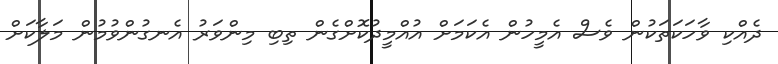
ދެއްކި ވާހަކަތަކުން ވެސް އެމީހުން އެކަމަށް އުއްމީދުކޮށްގެން ތިބި މިންވަރު އެނގުންވުމުން މަލާކަށް